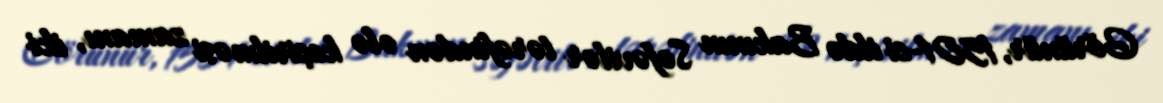
Görünür, 1501-ci ildə Bakının Səfəvilər tərəfindən ələ keçirilməsi zamanı, iki